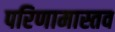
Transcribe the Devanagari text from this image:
परिणामास्तव